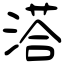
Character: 溚